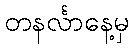
တနင်္လာနေ့မှ